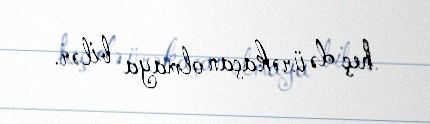
heç də ürəkaçan olmaya bilər.